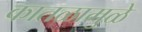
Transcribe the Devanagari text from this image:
कातळामुळे